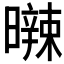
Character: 𣋩